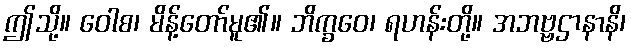
ဤသို့။ ဝေါစ၊ မိန့်တော်မူ၏။ ဘိက္ခဝေ၊ ရဟန်းတို့။ အဘဗ္ဗဌာနာနိ၊